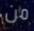
من